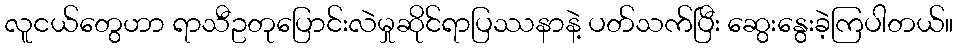
လူငယ်တွေဟာ ရာသီဥတုပြောင်းလဲမှုဆိုင်ရာပြဿနာနဲ့ ပတ်သက်ပြီး ဆွေးနွေးခဲ့ကြပါတယ်။